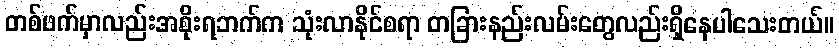
တစ်ဖက်မှာလည်းအစိုးရဘက်က သုံးလာနိုင်စရာ တခြားနည်းလမ်းတွေလည်းရှိနေပါသေးတယ်။